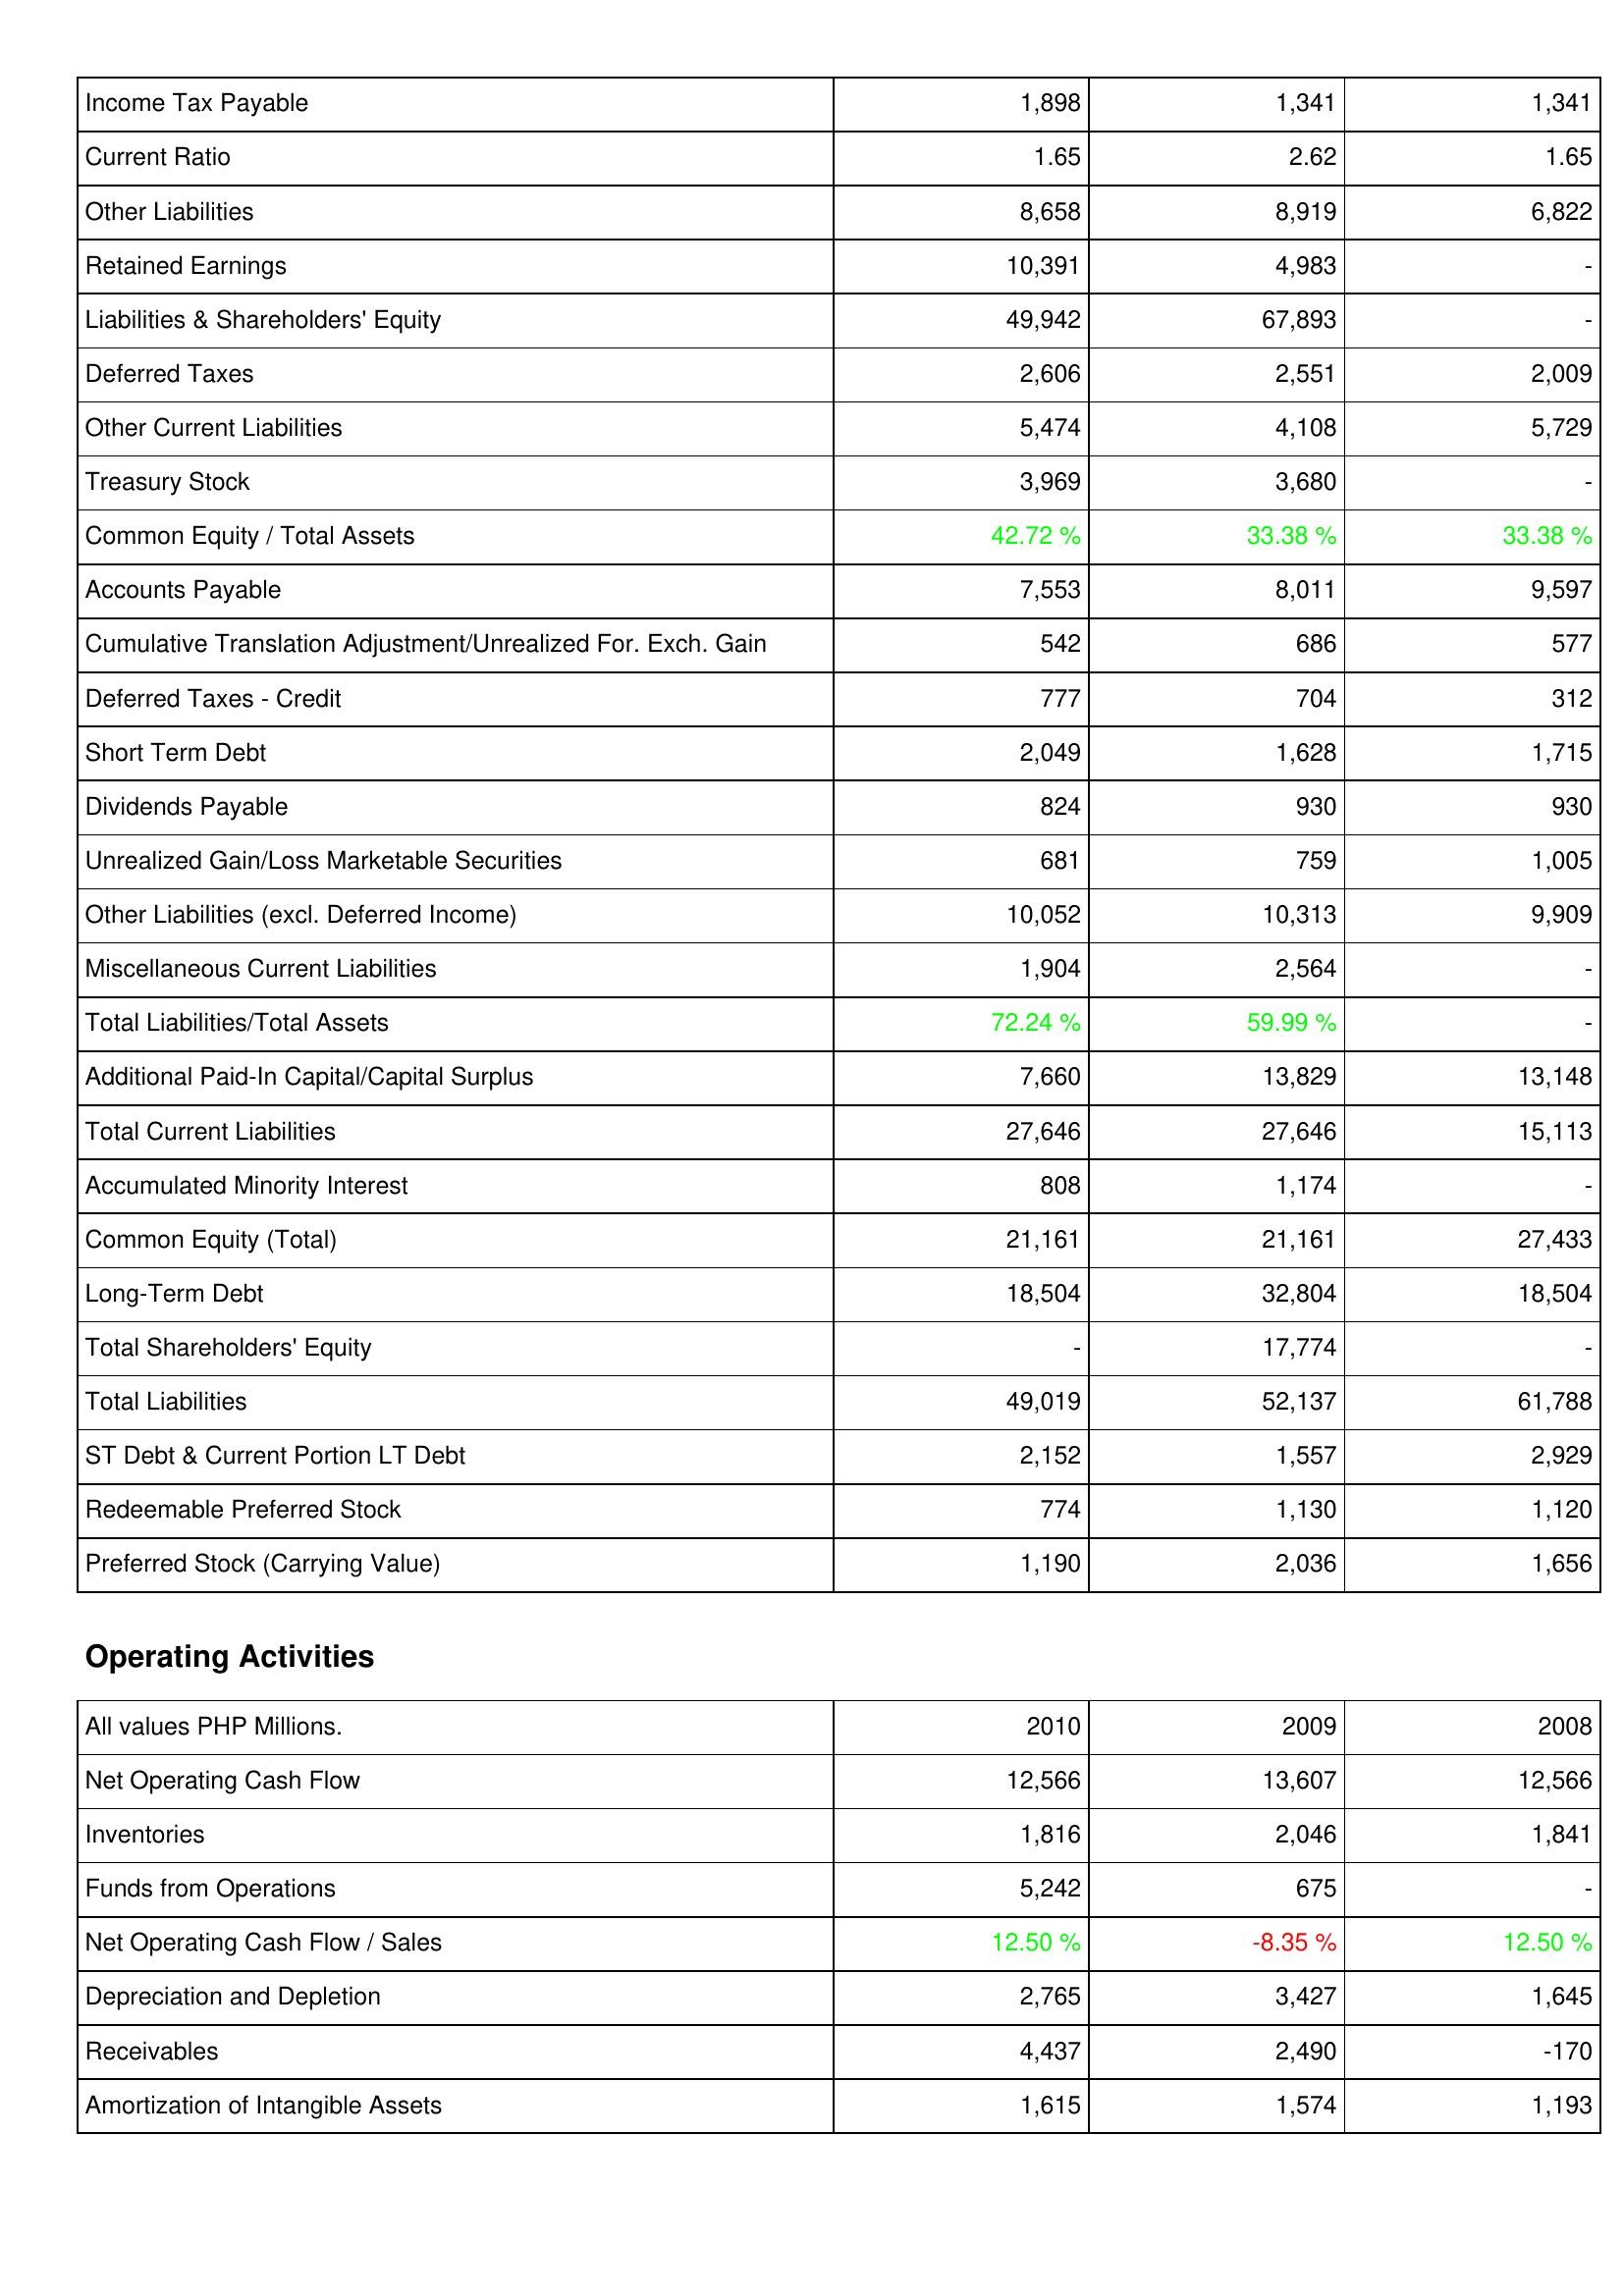
2010: Liabilities & Shareholders' Equity: Income Tax Payable: 1,898
Current Ratio: 1.65
Other Liabilities: 8,658
Retained Earnings: 10,391
Liabilities & Shareholders' Equity: 49,942
Deferred Taxes: 2,606
Other Current Liabilities: 5,474
Treasury Stock: 3,969
Common Equity / Total Assets: 42.72 %
Accounts Payable: 7,553
Cumulative Translation Adjustment/Unrealized For. Exch. Gain: 542
Deferred Taxes - Credit: 777
Short Term Debt: 2,049
Dividends Payable: 824
Unrealized Gain/Loss Marketable Securities: 681
Other Liabilities (excl. Deferred Income): 10,052
Miscellaneous Current Liabilities: 1,904
Total Liabilities/Total Assets: 72.24 %
Additional Paid-In Capital/Capital Surplus: 7,660
Total Current Liabilities: 27,646
Accumulated Minority Interest: 808
Common Equity (Total): 21,161
Long-Term Debt: 18,504
Total Shareholders' Equity: -
Total Liabilities: 49,019
ST Debt & Current Portion LT Debt: 2,152
Redeemable Preferred Stock: 774
Preferred Stock (Carrying Value): 1,190
Operating Activities: Net Operating Cash Flow: 12,566
Inventories: 1,816
Funds from Operations: 5,242
Net Operating Cash Flow / Sales: 12.50 %
Depreciation and Depletion: 2,765
Receivables: 4,437
Amortization of Intangible Assets: 1,615
2009: Liabilities & Shareholders' Equity: Income Tax Payable: 1,341
Current Ratio: 2.62
Other Liabilities: 8,919
Retained Earnings: 4,983
Liabilities & Shareholders' Equity: 67,893
Deferred Taxes: 2,551
Other Current Liabilities: 4,108
Treasury Stock: 3,680
Common Equity / Total Assets: 33.38 %
Accounts Payable: 8,011
Cumulative Translation Adjustment/Unrealized For. Exch. Gain: 686
Deferred Taxes - Credit: 704
Short Term Debt: 1,628
Dividends Payable: 930
Unrealized Gain/Loss Marketable Securities: 759
Other Liabilities (excl. Deferred Income): 10,313
Miscellaneous Current Liabilities: 2,564
Total Liabilities/Total Assets: 59.99 %
Additional Paid-In Capital/Capital Surplus: 13,829
Total Current Liabilities: 27,646
Accumulated Minority Interest: 1,174
Common Equity (Total): 21,161
Long-Term Debt: 32,804
Total Shareholders' Equity: 17,774
Total Liabilities: 52,137
ST Debt & Current Portion LT Debt: 1,557
Redeemable Preferred Stock: 1,130
Preferred Stock (Carrying Value): 2,036
Operating Activities: Net Operating Cash Flow: 13,607
Inventories: 2,046
Funds from Operations: 675
Net Operating Cash Flow / Sales: -8.35 %
Depreciation and Depletion: 3,427
Receivables: 2,490
Amortization of Intangible Assets: 1,574
2008: Liabilities & Shareholders' Equity: Income Tax Payable: 1,341
Current Ratio: 1.65
Other Liabilities: 6,822
Retained Earnings: -
Liabilities & Shareholders' Equity: -
Deferred Taxes: 2,009
Other Current Liabilities: 5,729
Treasury Stock: -
Common Equity / Total Assets: 33.38 %
Accounts Payable: 9,597
Cumulative Translation Adjustment/Unrealized For. Exch. Gain: 577
Deferred Taxes - Credit: 312
Short Term Debt: 1,715
Dividends Payable: 930
Unrealized Gain/Loss Marketable Securities: 1,005
Other Liabilities (excl. Deferred Income): 9,909
Miscellaneous Current Liabilities: -
Total Liabilities/Total Assets: -
Additional Paid-In Capital/Capital Surplus: 13,148
Total Current Liabilities: 15,113
Accumulated Minority Interest: -
Common Equity (Total): 27,433
Long-Term Debt: 18,504
Total Shareholders' Equity: -
Total Liabilities: 61,788
ST Debt & Current Portion LT Debt: 2,929
Redeemable Preferred Stock: 1,120
Preferred Stock (Carrying Value): 1,656
Operating Activities: Net Operating Cash Flow: 12,566
Inventories: 1,841
Funds from Operations: -
Net Operating Cash Flow / Sales: 12.50 %
Depreciation and Depletion: 1,645
Receivables: -170
Amortization of Intangible Assets: 1,193